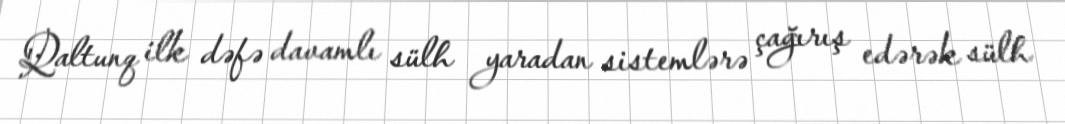
Qaltunq ilk dəfə davamlı sülh yaradan sistemlərə çağırış edərək sülh